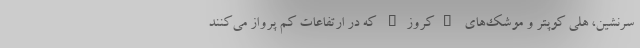
سرنشین، هلی کوپتر و موشک‌های "کروز" که در ارتفاعات کم پرواز می‌کنند